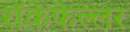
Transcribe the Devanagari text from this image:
रॉकेफेल्लर